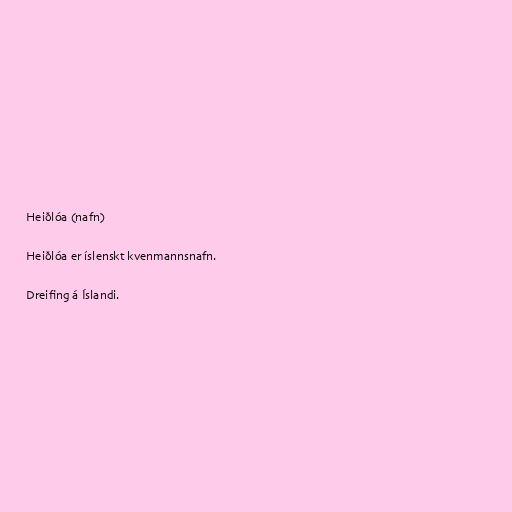
Heiðlóa (nafn)

Heiðlóa er íslenskt kvenmannsnafn.

Dreifing á Íslandi.